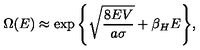
\Omega ( E ) \approx \exp { \left\{ \sqrt { \frac { 8 E V } { a \sigma } } + \beta _ { H } E \right\} } ,